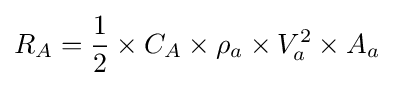
R_{A}={\frac {1}{2}}\times C_{A}\times \rho _{a}\times V_{a}^{2}\times A_{a}